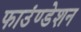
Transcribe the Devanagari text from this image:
फाउंण्डेशन